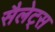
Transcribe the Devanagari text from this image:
सैलेट्स